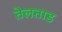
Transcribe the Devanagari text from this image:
तेलताड